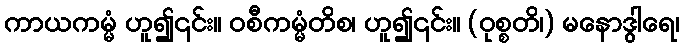
ကာယကမ္မံ ဟူ၍၎င်း။ ဝစီကမ္မံတိစ၊ ဟူ၍၎င်း။ (ဝုစ္စတိ၊) မနောဒွါရေ၊